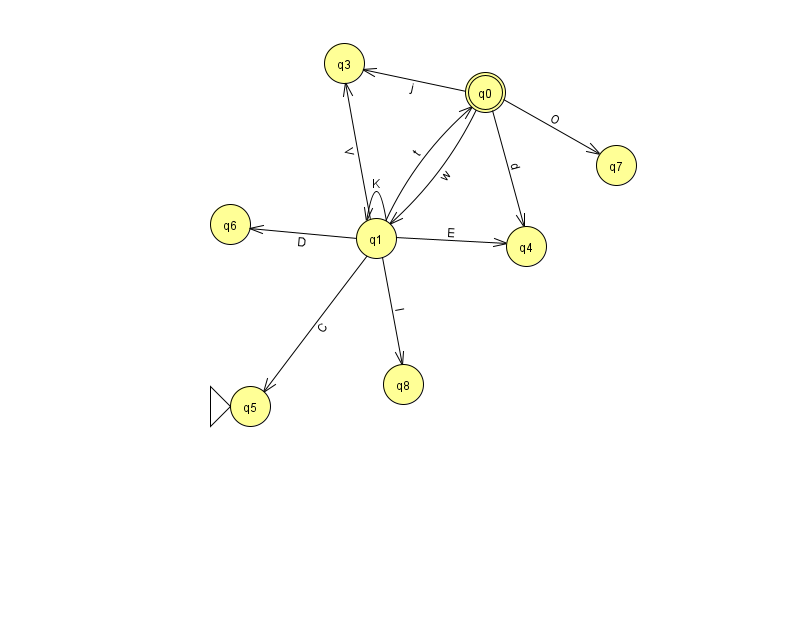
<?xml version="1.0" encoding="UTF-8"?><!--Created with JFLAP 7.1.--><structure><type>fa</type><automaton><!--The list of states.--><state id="0" name="q0"><x>485.0</x><y>79.0</y><final/></state><state id="1" name="q1"><x>376.0</x><y>225.0</y></state><state id="3" name="q3"><x>344.0</x><y>50.0</y></state><state id="4" name="q4"><x>526.0</x><y>233.0</y></state><state id="5" name="q5"><x>250.0</x><y>393.0</y><initial/></state><state id="6" name="q6"><x>230.0</x><y>211.0</y></state><state id="7" name="q7"><x>616.0</x><y>152.0</y></state><state id="8" name="q8"><x>403.0</x><y>371.0</y></state><!--The list of transitions.--><transition><from>0</from><to>7</to><read>O</read></transition><transition><from>1</from><to>6</to><read>D</read></transition><transition><from>0</from><to>4</to><read>d</read></transition><transition><from>1</from><to>8</to><read>I</read></transition><transition><from>0</from><to>3</to><read>j</read></transition><transition><from>1</from><to>1</to><read>K</read></transition><transition><from>1</from><to>5</to><read>C</read></transition><transition><from>0</from><to>1</to><read>w</read></transition><transition><from>1</from><to>0</to><read>t</read></transition><transition><from>1</from><to>3</to><read>V</read></transition><transition><from>1</from><to>4</to><read>E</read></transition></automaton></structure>